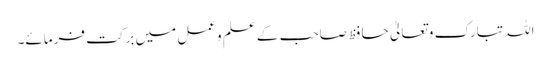
اللہ تبارک وتعالیٰ حافظ صاحب کے علم وعمل میں برکت فرمائے۔